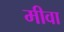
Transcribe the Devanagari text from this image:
मीवा